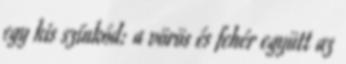
egy kis színkód: a vörös és fehér együtt az